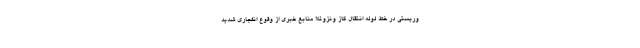
وریستی در خط لوله انتقال گاز ونزوئلا منابع خبری از وقوع انفجاری شدید